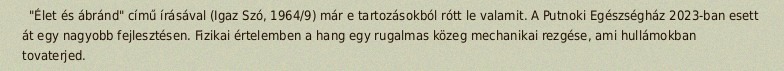
"Élet és ábránd" című írásával (Igaz Szó, 1964/9) már e tartozásokból rótt le valamit. A Putnoki Egészségház 2023-ban esett át egy nagyobb fejlesztésen. Fizikai értelemben a hang egy rugalmas közeg mechanikai rezgése, ami hullámokban tovaterjed.